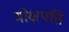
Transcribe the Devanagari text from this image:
मोक्षपति